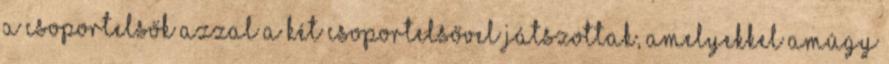
a csoportelsők azzal a két csoportelsővel játszottak, amelyekkel amúgy